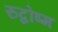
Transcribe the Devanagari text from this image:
रुद्वोष्म